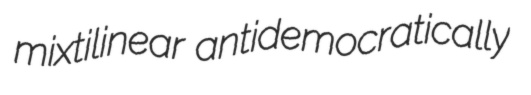
mixtilinear antidemocratically